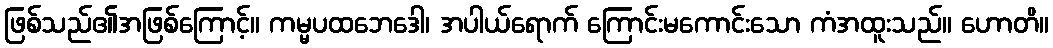
ဖြစ်သည်၏အဖြစ်ကြောင့်။ ကမ္မပထဘေဒေါ၊ အပါယ်ရောက် ကြောင်းမကောင်းသော ကံအထူးသည်။ ဟောတိ။